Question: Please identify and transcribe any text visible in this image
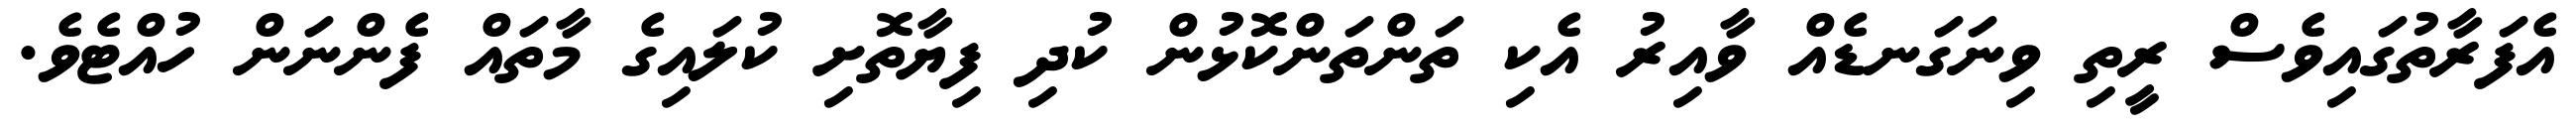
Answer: އެފަރާތުގައިވެސް ރީތި ވިނަގަނޑެއް ވާއިރު އެކި ތަންތަންކޮޅުން ކުދި ފިޔާތޮށި ކުލައިގެ މާތައް ފެންނަން ހުއްޓެވެ.